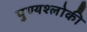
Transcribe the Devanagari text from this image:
पुण्‍यश्‍लोकी